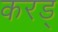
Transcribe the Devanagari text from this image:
करड्